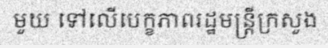
មួយ ទៅលើបេក្ខភាពរដ្ឋមន្ត្រីក្រសួង